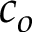
c _ { o }